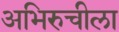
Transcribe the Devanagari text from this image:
अभिरुचीला